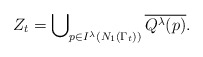
\begin{align*} Z_t = \bigcup\nolimits_{p \in I^\lambda(N_{1}(\Gamma_t))} \overline{Q^{\lambda}(p)}.\end{align*}